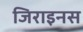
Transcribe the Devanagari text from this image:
जिराइनस